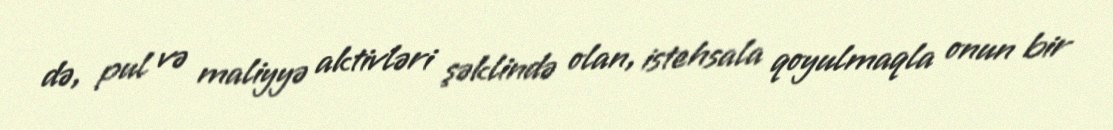
də, pul və maliyyə aktivləri şəklində olan, istehsala qoyulmaqla onun bir